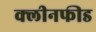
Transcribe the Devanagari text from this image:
क्लीनफीड